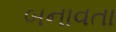
બનાવતા